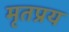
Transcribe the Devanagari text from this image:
मृतप्रय